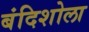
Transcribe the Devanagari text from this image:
बंदिशोला